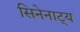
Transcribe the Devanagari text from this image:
सिनेनाट्य